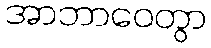
အာဘာဝေတွာ